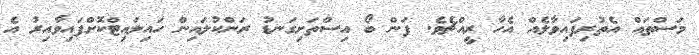
މަސްތައް އެތުރިފައިވާލެއް އެހާ ރީއްޗެވެ. ފަން ބޯ އިސްތަށިގަނޑު ރަންކުލައިން ހައިލައިޓްކޮށްފައިވާއިރު އެ